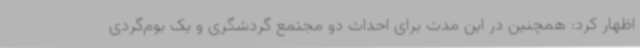
اظهار کرد: همچنین در این مدت برای احداث دو مجتمع گردشگری و یک بوم‌گردی